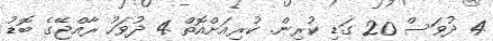
4 ދުވަސް 20 ގަޑި ކުރިން. ކުރިއަށްއޮތް 4 ދުވަހު ރާއްޖޭގެ ބޮޑު